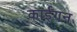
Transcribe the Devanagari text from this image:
काईगन